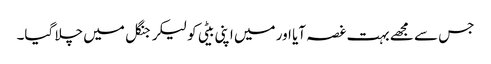
جس سے مجھے بہت غصہ آیا اور میں اپنی بیٹی کو لیکر جنگل میں چلا گیا۔